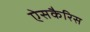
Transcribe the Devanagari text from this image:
ऐसकैरिस